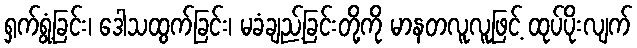
ရှက်ရွံ့ခြင်း၊ ဒေါသထွက်ခြင်း၊ မခံချည့်ခြင်းတို့ကို မာနတလူလူဖြင့် ထုပ်ပိုးလျက်